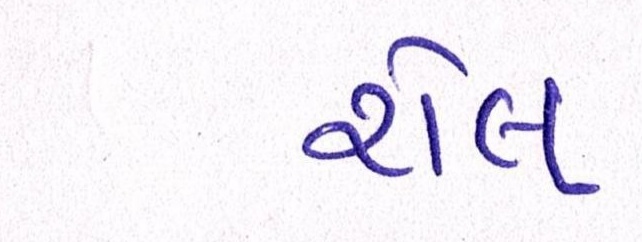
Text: રોલ